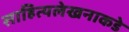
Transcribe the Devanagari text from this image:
साहित्यलेखनाकडे